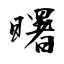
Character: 曙